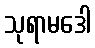
သုရာမဒေါ